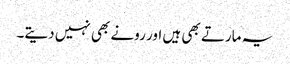
یہ مارتے بھی ہیں اور رونے بھی نہیں دیتے۔